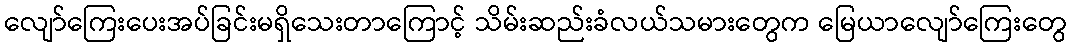
လျော်ကြေးပေးအပ်ခြင်းမရှိသေးတာကြောင့် သိမ်းဆည်းခံလယ်သမားတွေက မြေယာလျော်ကြေးတွေ